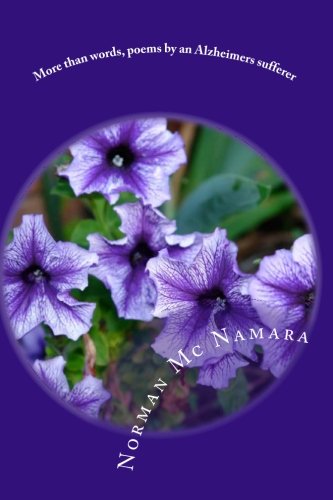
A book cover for More than words, poems by an Alzheimers sufferer: My everyday fight with Alzheimers; Mr Norman Mc Namara; Health, Fitness & Dieting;